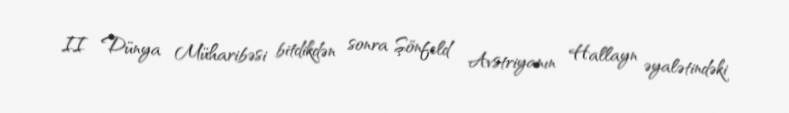
II Dünya Müharibəsi bitdikdən sonra Şönfeld Avstriyanın Hallayn əyalətindəki